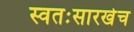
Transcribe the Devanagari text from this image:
स्वतःसारखेच